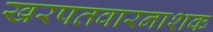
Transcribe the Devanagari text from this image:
खरपतवारनाशक